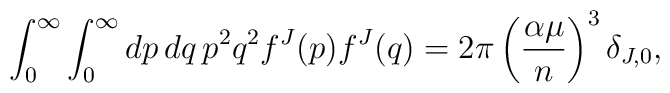
\int_{0}^{\infty }\int_{0}^{\infty }dp\,dq\,p^{2}q^{2}f^{J}(p)f^{J}(q)=2\pi\left( \frac{\alpha \mu }{n}\right) ^{3}\delta _{J,0},